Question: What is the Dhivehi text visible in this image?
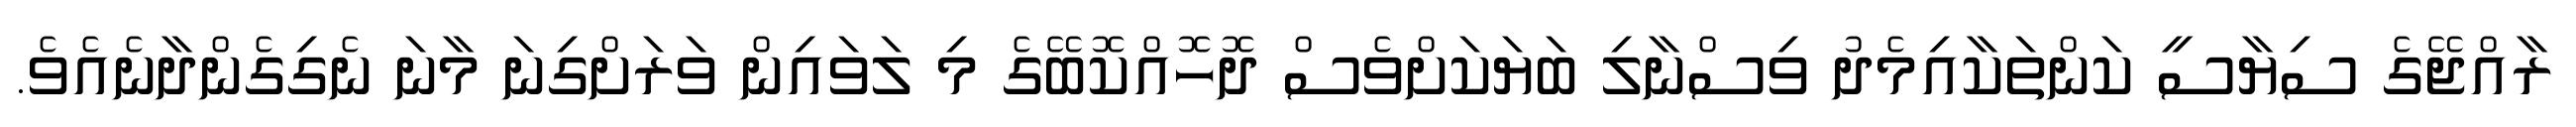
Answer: ރާއްޖޭގެ ސިޔާސީ ކަންތަކާއިމެދު ވިސްނާލި ބަޔަކަށްވެސް ދޮހޮއްކޮބޭގެ މި ލަވައިން ވަރަށްގިނަ މާނަ ނެގިގެންދާނެއެވެ.